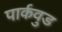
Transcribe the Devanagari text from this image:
पार्कवुड